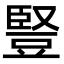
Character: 豎